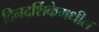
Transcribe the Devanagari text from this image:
दिनदर्शिकेमधील